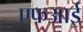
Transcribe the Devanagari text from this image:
एफआई